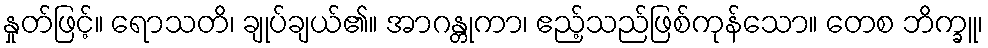
နှုတ်ဖြင့်။ ရောသတိ၊ ချုပ်ချယ်၏။ အာဂန္တုကာ၊ ဧည့်သည်ဖြစ်ကုန်သော။ တေစ ဘိက္ခူ၊